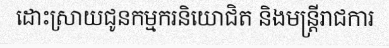
ដោះស្រាយជូនកម្មករនិយោជិត និងមន្ត្រីរាជការ